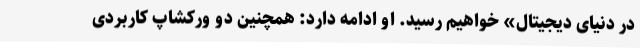
در دنیای دیجیتال» خواهیم رسید. او ادامه دارد: همچنین دو ورکشاپ کاربردی